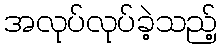
အလုပ်လုပ်ခဲ့သည့်